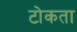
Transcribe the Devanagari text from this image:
टोकता